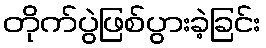
တိုက်ပွဲဖြစ်ပွားခဲ့ခြင်း